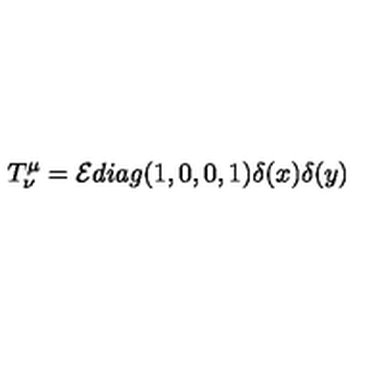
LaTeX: T _ { \nu } ^ { \mu } = { \cal E } d i a g ( 1 , 0 , 0 , 1 ) \delta ( x ) \delta ( y )